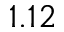
1 . 1 2